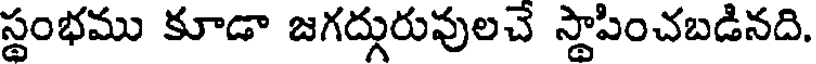
స్థంభము కూడా జగద్గురువులచే స్థాపించబడినది.